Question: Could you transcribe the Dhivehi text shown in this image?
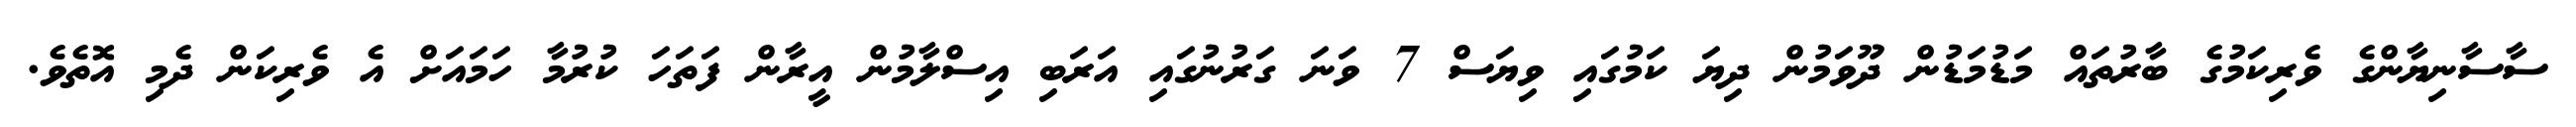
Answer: ސާސާނިޔާންގެ ވެރިކަމުގެ ބާރުތައް މަޑުމަޑުން ދޫވަމުން ދިޔަ ކަމުގައި ވިޔަސް 7 ވަނަ ގަރުނުގައި އަރަބި އިސްލާމުން އީރާން ފަތަހަ ކުރުމާ ހަމައަށް އެ ވެރިކަން ދެމި އޮތެވެ.